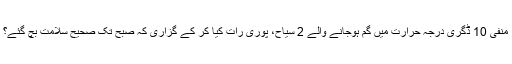
منفی 10 ڈگری درجہ حرارت میں گم ہوجانے والے 2 سیاح، پوری رات کیا کر کے گزاری کہ صبح تک صحیح سلامت بچ گئے؟